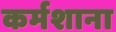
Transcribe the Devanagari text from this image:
कर्मशाना